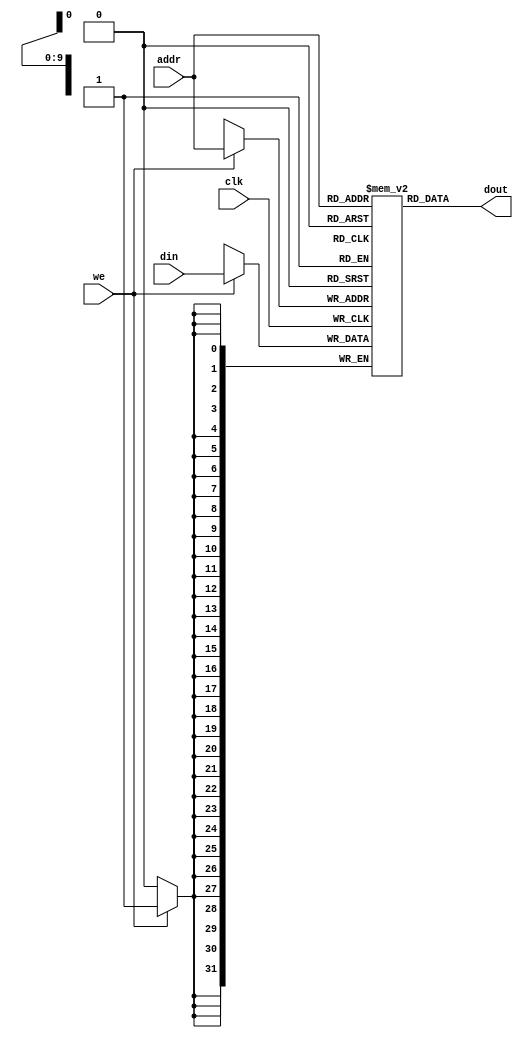

module dm_4k( addr, din, we, clk, dout ) ;
	input   [11:2]  addr ;  // address bus
    input   [31:0]  din ;   // 32-bit input data
    input           we ;    // memory write enable
    input           clk ;   // clock
	output  [31:0]  dout ;  // 32-bit memory output

	reg     [31:0]  dm[1023:0] ;
	
	integer d;

	initial begin
		for (d=0;d<1024;d=d+1)
			dm[d] = 32'h0000_0000;
	end
	assign  dout = dm[ addr[11:2] ];
	always @(posedge clk)
	begin
		if (we) dm[ addr[11:2] ] <= din;
	end
endmodule